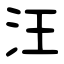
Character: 汪